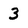
Character: 3